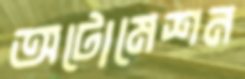
অটোমেশন